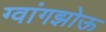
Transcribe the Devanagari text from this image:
ग्वांगझोऊ